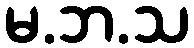
မ.ဘ.သ